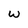
Character: w